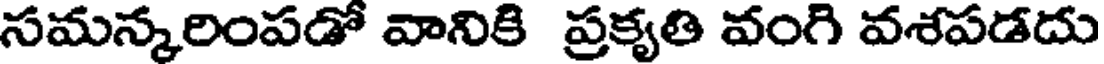
సమన్మరింపడో వానికి ప్రక్యతి వంగి వశపడదు